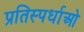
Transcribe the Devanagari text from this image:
प्रतिस्पर्धाओ